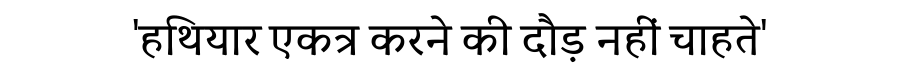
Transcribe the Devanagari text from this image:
'हथियार एकत्र करने की दौड़ नहीं चाहते'